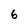
Character: 6